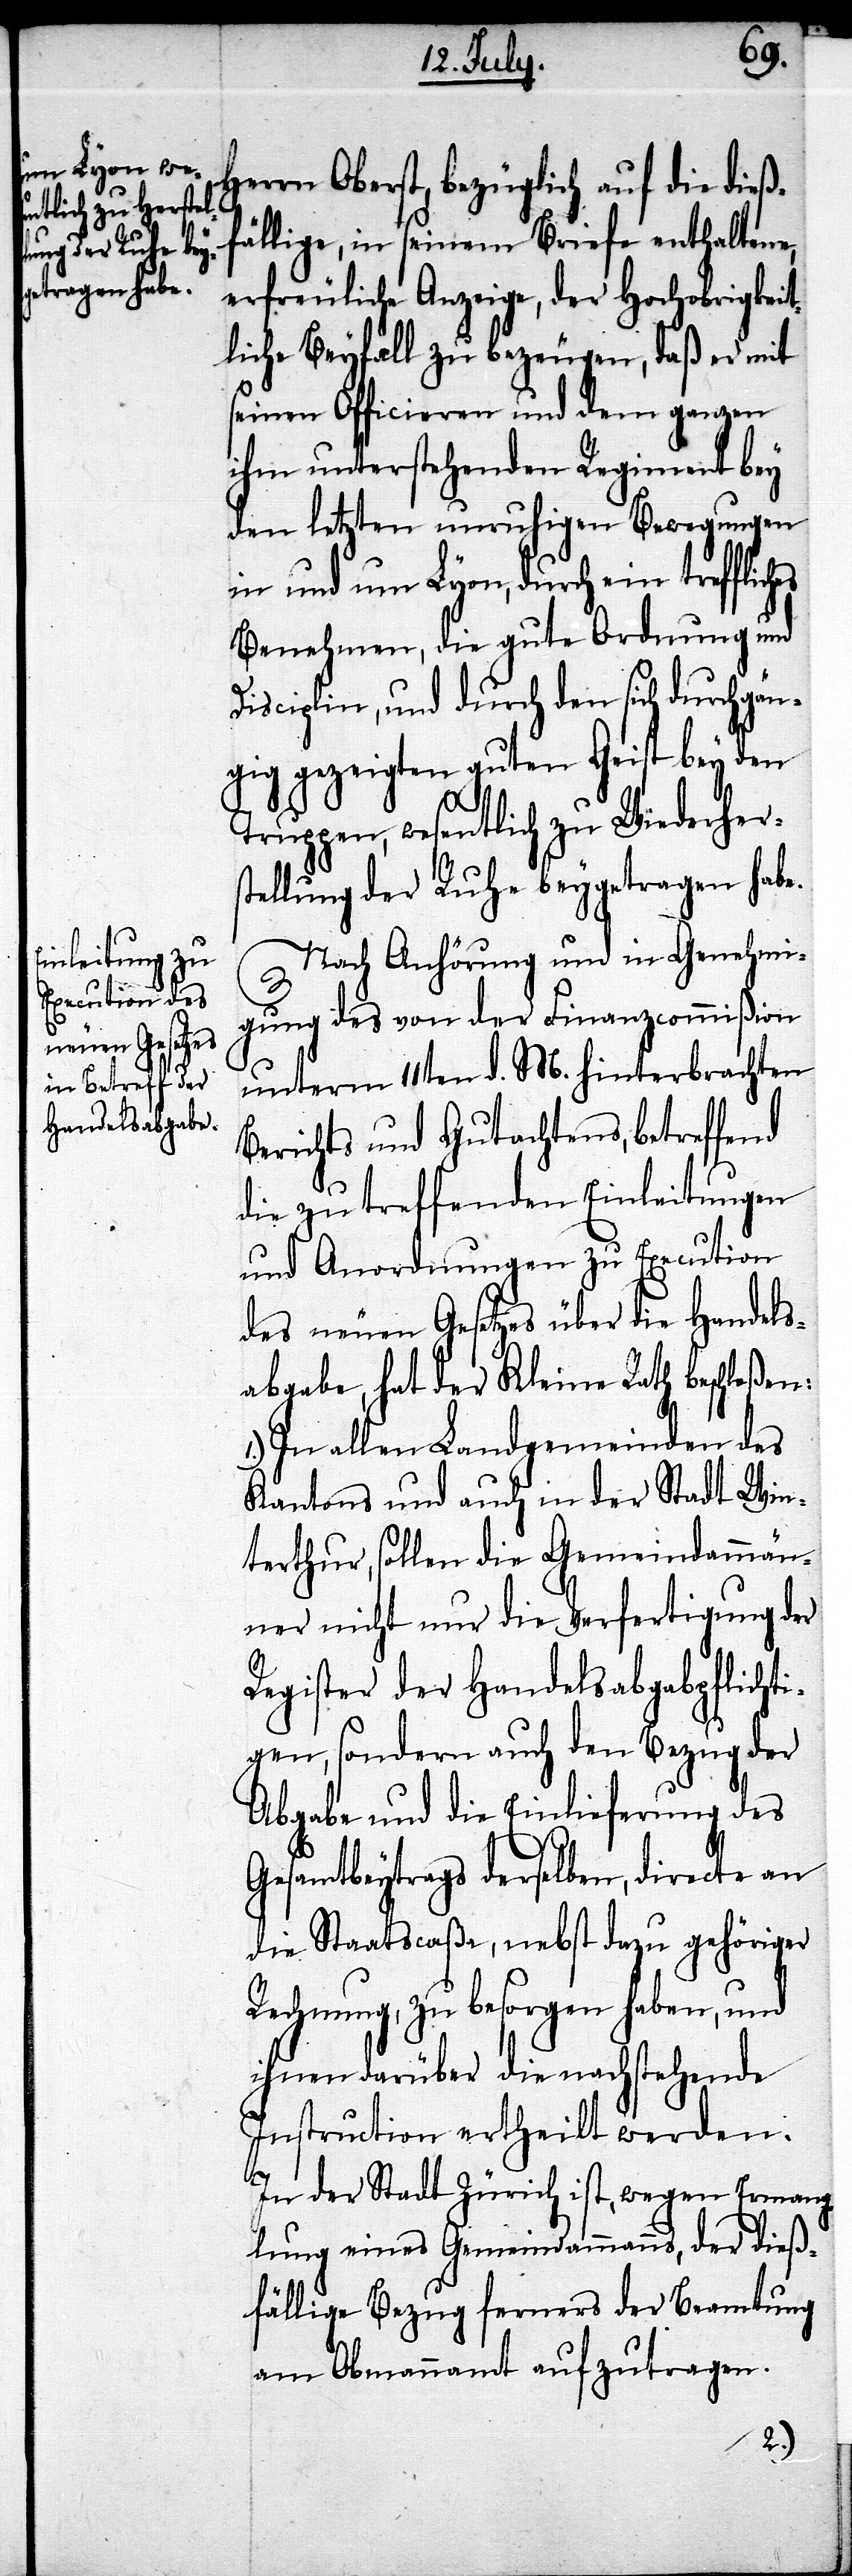
Herrn Oberst, bezüglich auf die dieß¬
fällige, in seinem Briefe enthaltene,
erfreuliche Anzeige, der Hochobrigkeit¬
liche Beyfall zu bezeugen, daß er mit
seinen Officieren und dem ganzen
ihm unterstehenden Regiment bey
den letzten unruhigen Bewegungen
in und um Lyon, durch ein treffliches
Benehmen, die gute Ordnung und
Disciplin, und durch den sich durchgän¬
gig gezeigten guten Geist bey den
Truppen, wesentlich zu Wiederhers¬
tellung der Ruhe beygetragen habe.
Nach Anhörung und in Genehmi¬
gung des von der Finanzcommißion
unterm 11ten d. M. hinterbrachten
Berichts und Gutachtens, betreffend
die zu treffenden Einleitungen
und Anordnungen zu Execution
des neuen Gesetzes über die Handels¬
abgabe, hat der Kleine Rath beschloßen:
In allen Landgemeinden des
Kantons und auch in der Stadt Win¬
terthur, sollen die Gemeindammän¬
ner nicht nur die Verfertigung der
Register der Handelsabgabpflichti¬
gen, sondern auch den Bezug der
Abgabe und die Einlieferung des
Gesamtbeytrags derselben, directe an
die Staatscaßa, nebst dazu gehöriger
Rechnung, zu besorgen haben, und
ihnen darüber die nachstehende
Instruction ertheilt werden.
In der Stadt Zürich ist, wegen Ermang¬
lung eines Gemeindammanns, der dieß¬
fällige Bezug ferners der Beamtung
am Obmannamt aufzutragen.